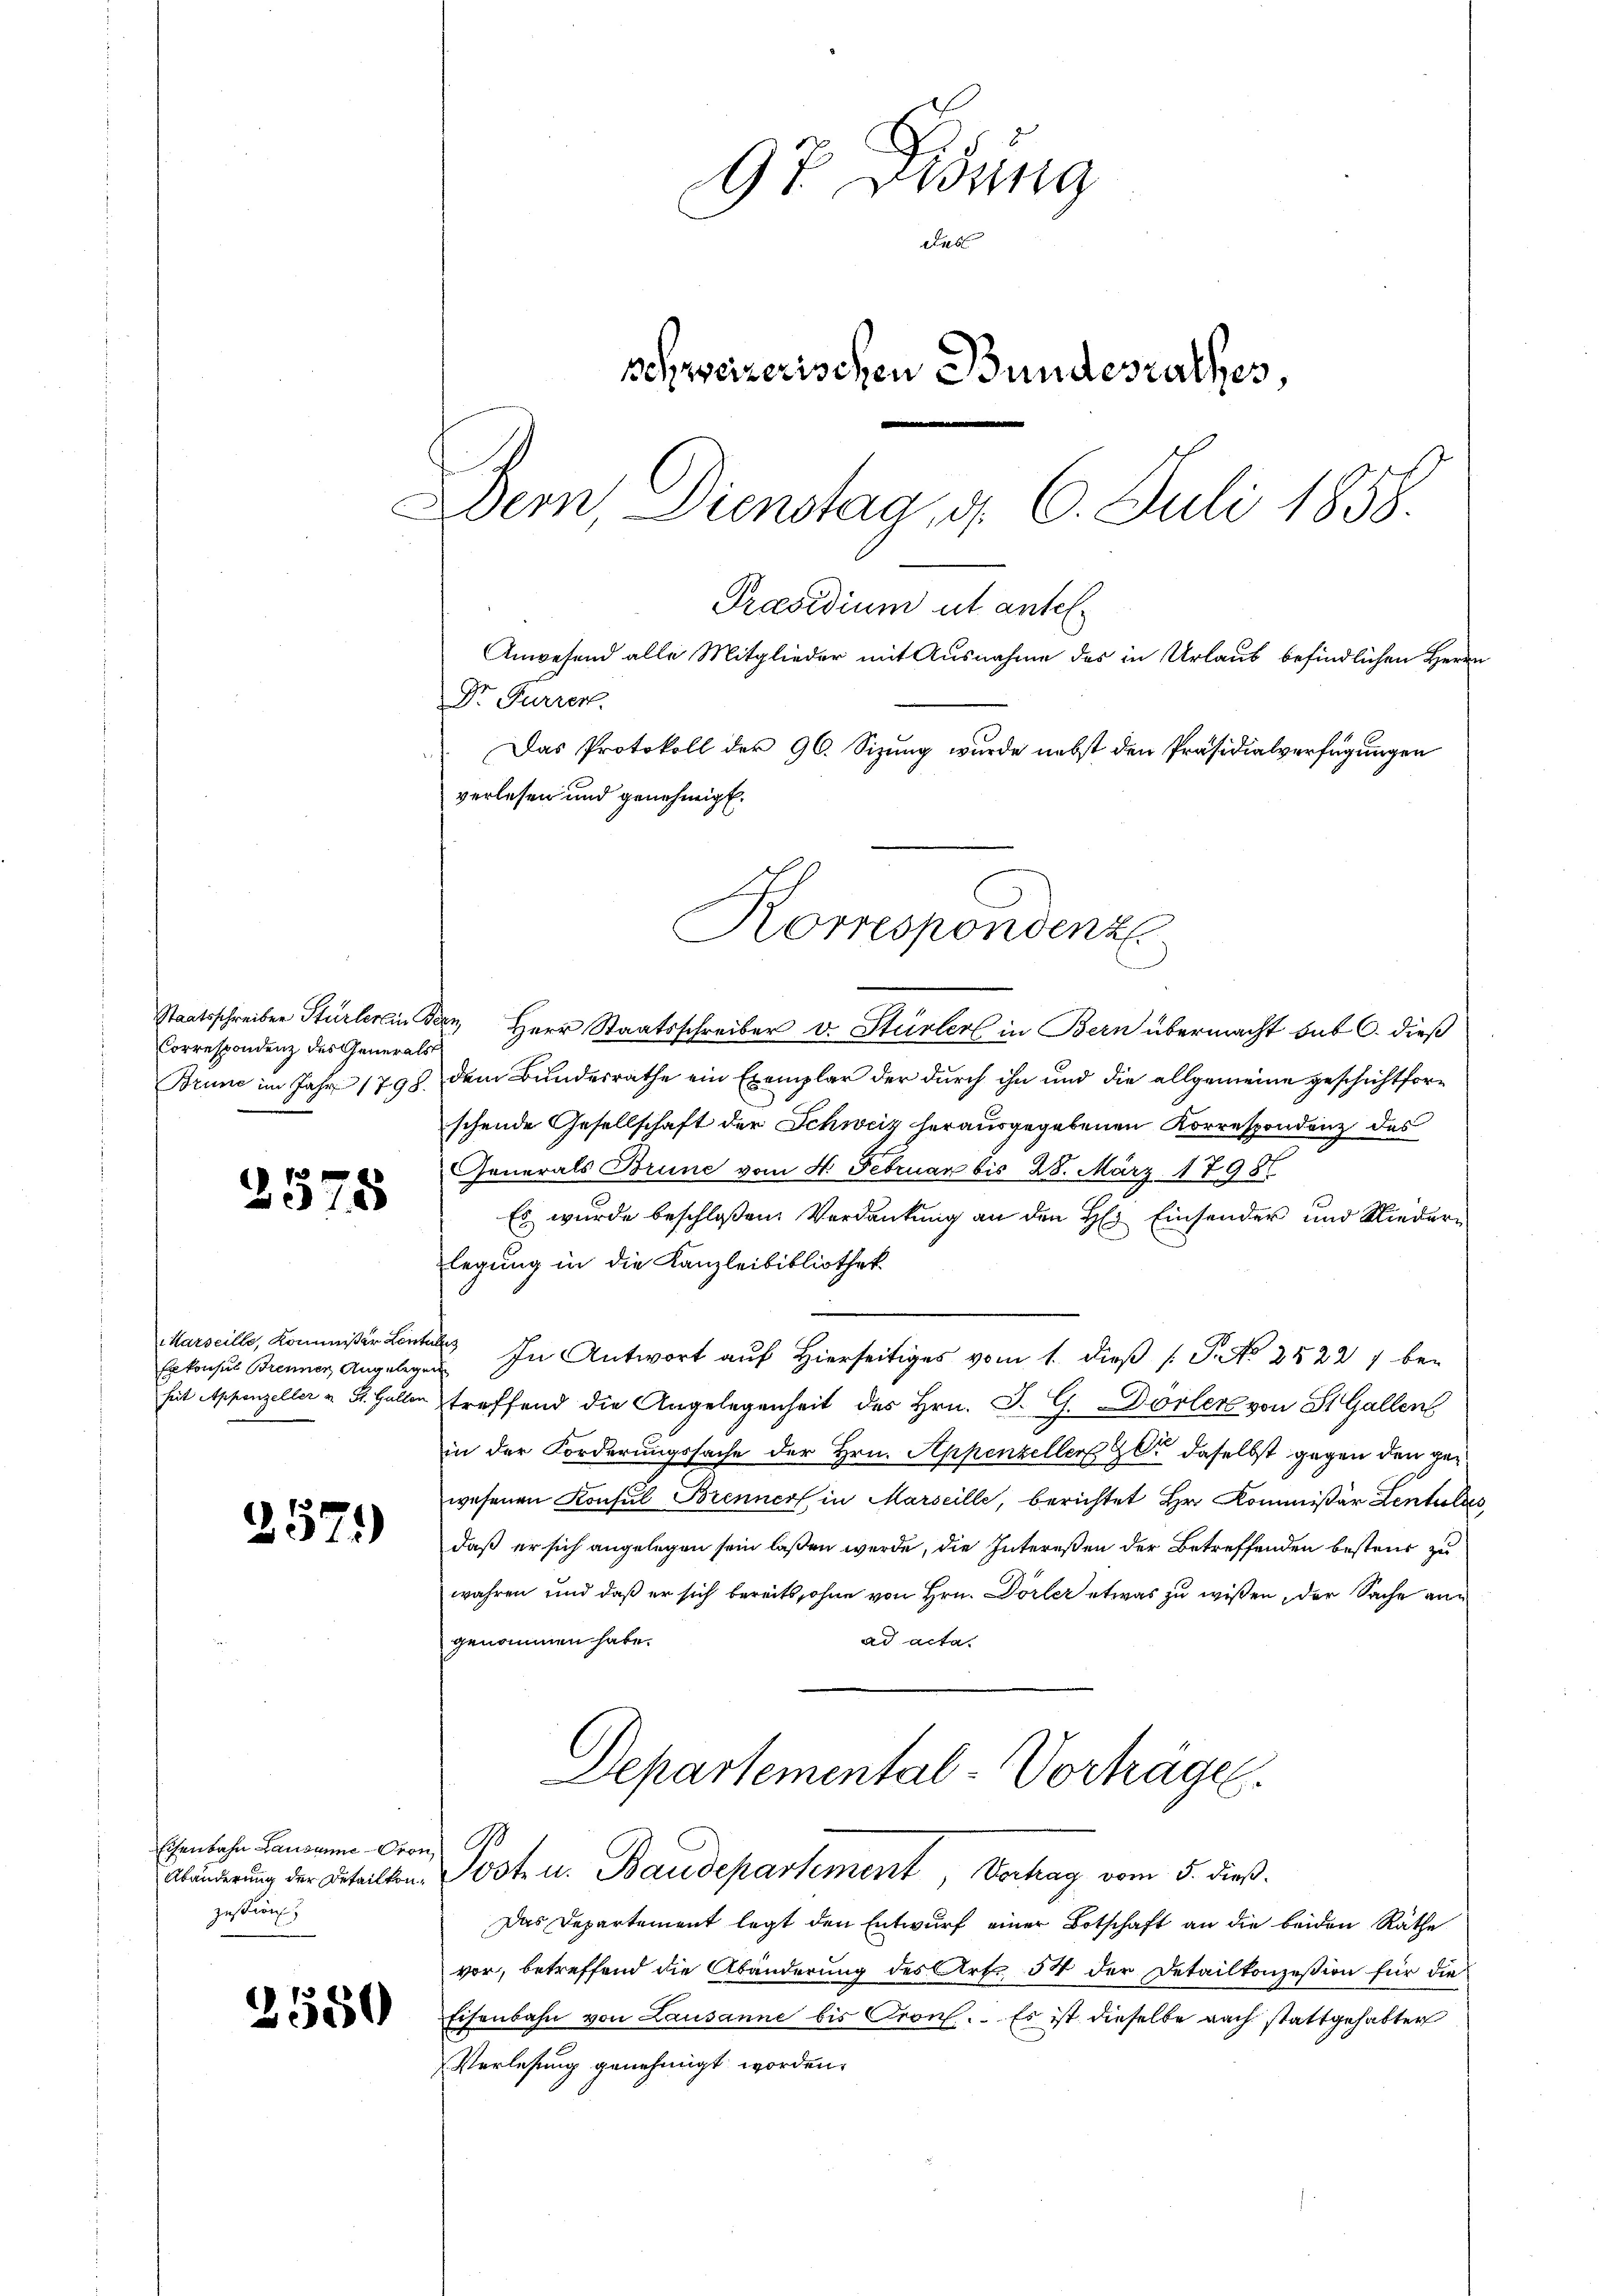
Staatsschreiben Stürlerlin
Correspondenz des Generals
Brune im Jahr 1798.

2575

Marseille, Kommißär Leute
Erkonsul Brennen Angelegen
heit Appenzeller u. St. Gallen

257.

Eisenbahn Lausanne - Oron
Abänderung der Detailkonzustimm

2550

97 redung
l
n
schweizerischen Bundesrathes,
Dem Dienstag, d. 6. Juli 1858.
Präsidium ut antel
Anwesend alle Mitglieder mit Ausnahme des in Urlaub befindlichen Herrn
Dr. Furren
Das Protokoll der 96. Sizung wurde nebst den Präsidialverfügungen
verlesen und genehmigt.

Korrespondenz

Herr Staatsschreiber v. Steirler in Bern übermacht sub 6. dieß
dem Bundesrathe ein Exemplar der durch ihn und die allgemeine geschichtforschende Gesellschaft der Schweiz herausgegebenen Korrespondenz des
Generals Brune vom 4. Februar bis 28. März 1798
Es wurde beschloßen: Verdankung an den H: Einsender und Niederlegung in die Kanzleibibliothek.
 In Antwort auf Hierseitiges vom 1. dieß P. No 2522) betreffend die Angelegenheit des Hrn. J. G. Dorler von St. Gallen
in der Forderungssache der Hrn. Appenzeller Zl. daselbst gegen den gewesenen Konsul Brenners in Marseille, berichtet Hr. Kommissär Lentuler
daß er sich angelegen sein laßen werde, die Intereßen der Betreffenden besteur zu
wahren und daß er sich bereits, ohne von Hrn. Dorler etwas zu wissen, der Sache anad acta.
genommen habe.
Departemental-Vorträgen.
G
Jost u. Baudepartement, Verhag vom 5. dieß.
Das Departement legt den Entwurf einer Botschaft an die beiden Räthe
vor, betreffend die Abänderung des Art. 54 der Detailkonzession für die
Eisenbahn von Lausanne bis Gron. Es ist dieselbe nach stattgehabter
Verlesung genehmigt worden.